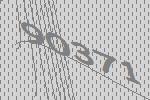
90371